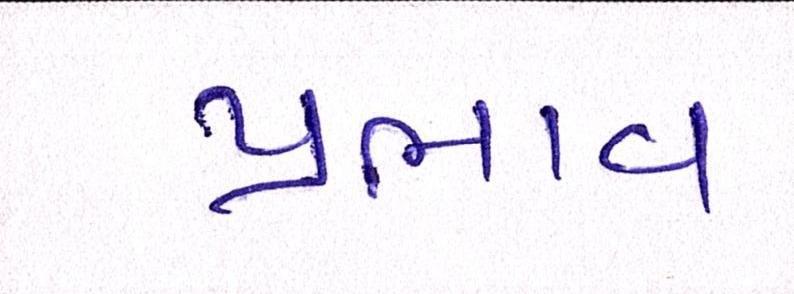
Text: પ્રભાવ